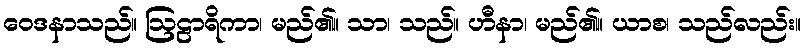
ဝေဒနာသည်။ ဩဠာရိကာ၊ မည်၏။ သာ၊ သည်။ ဟီနာ၊ မည်၏။ ယာစ၊ သည်လည်း။